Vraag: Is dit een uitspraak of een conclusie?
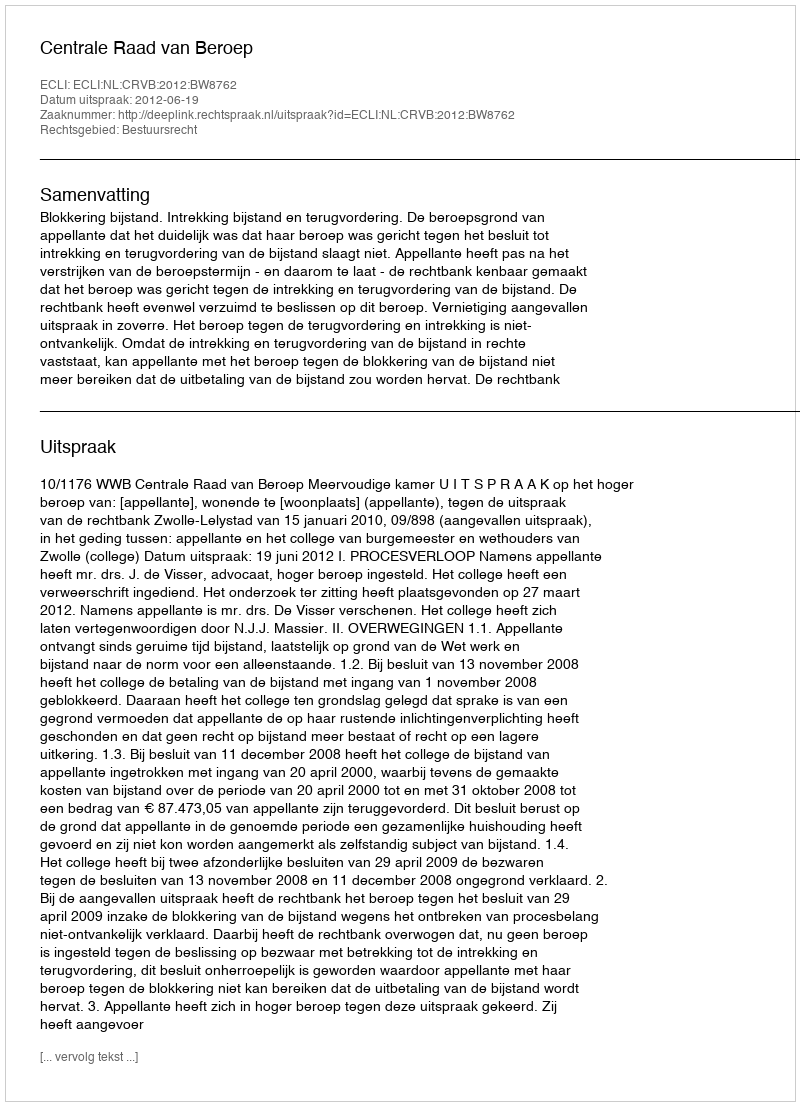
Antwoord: Uitspraak